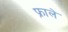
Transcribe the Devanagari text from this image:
फ्राले